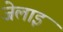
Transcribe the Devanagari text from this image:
जेलाइ